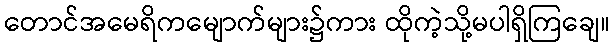
တောင်အမေရိကမျောက်များ၌ကား ထိုကဲ့သို့မပါရှိကြချေ။